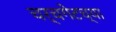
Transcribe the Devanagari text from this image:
चर्चगेटच्या